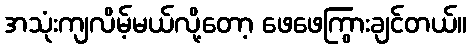
အသုံးကျလိမ့်မယ်လို့တော့ ဖေဖေကြွားချင်တယ်။